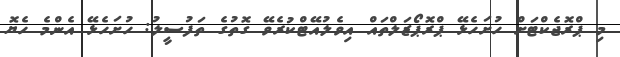
މި ޕްރޮޖެކްޓަށް ހުށަހެޅޭ ޕްރޮޕޯޒަލްތައް އިވެލުއޭޓްކުރެވޭ ގޮތުގެ ތަފުސީލު: ހުށަހެޅޭ އެންމެ ހެޔޮ